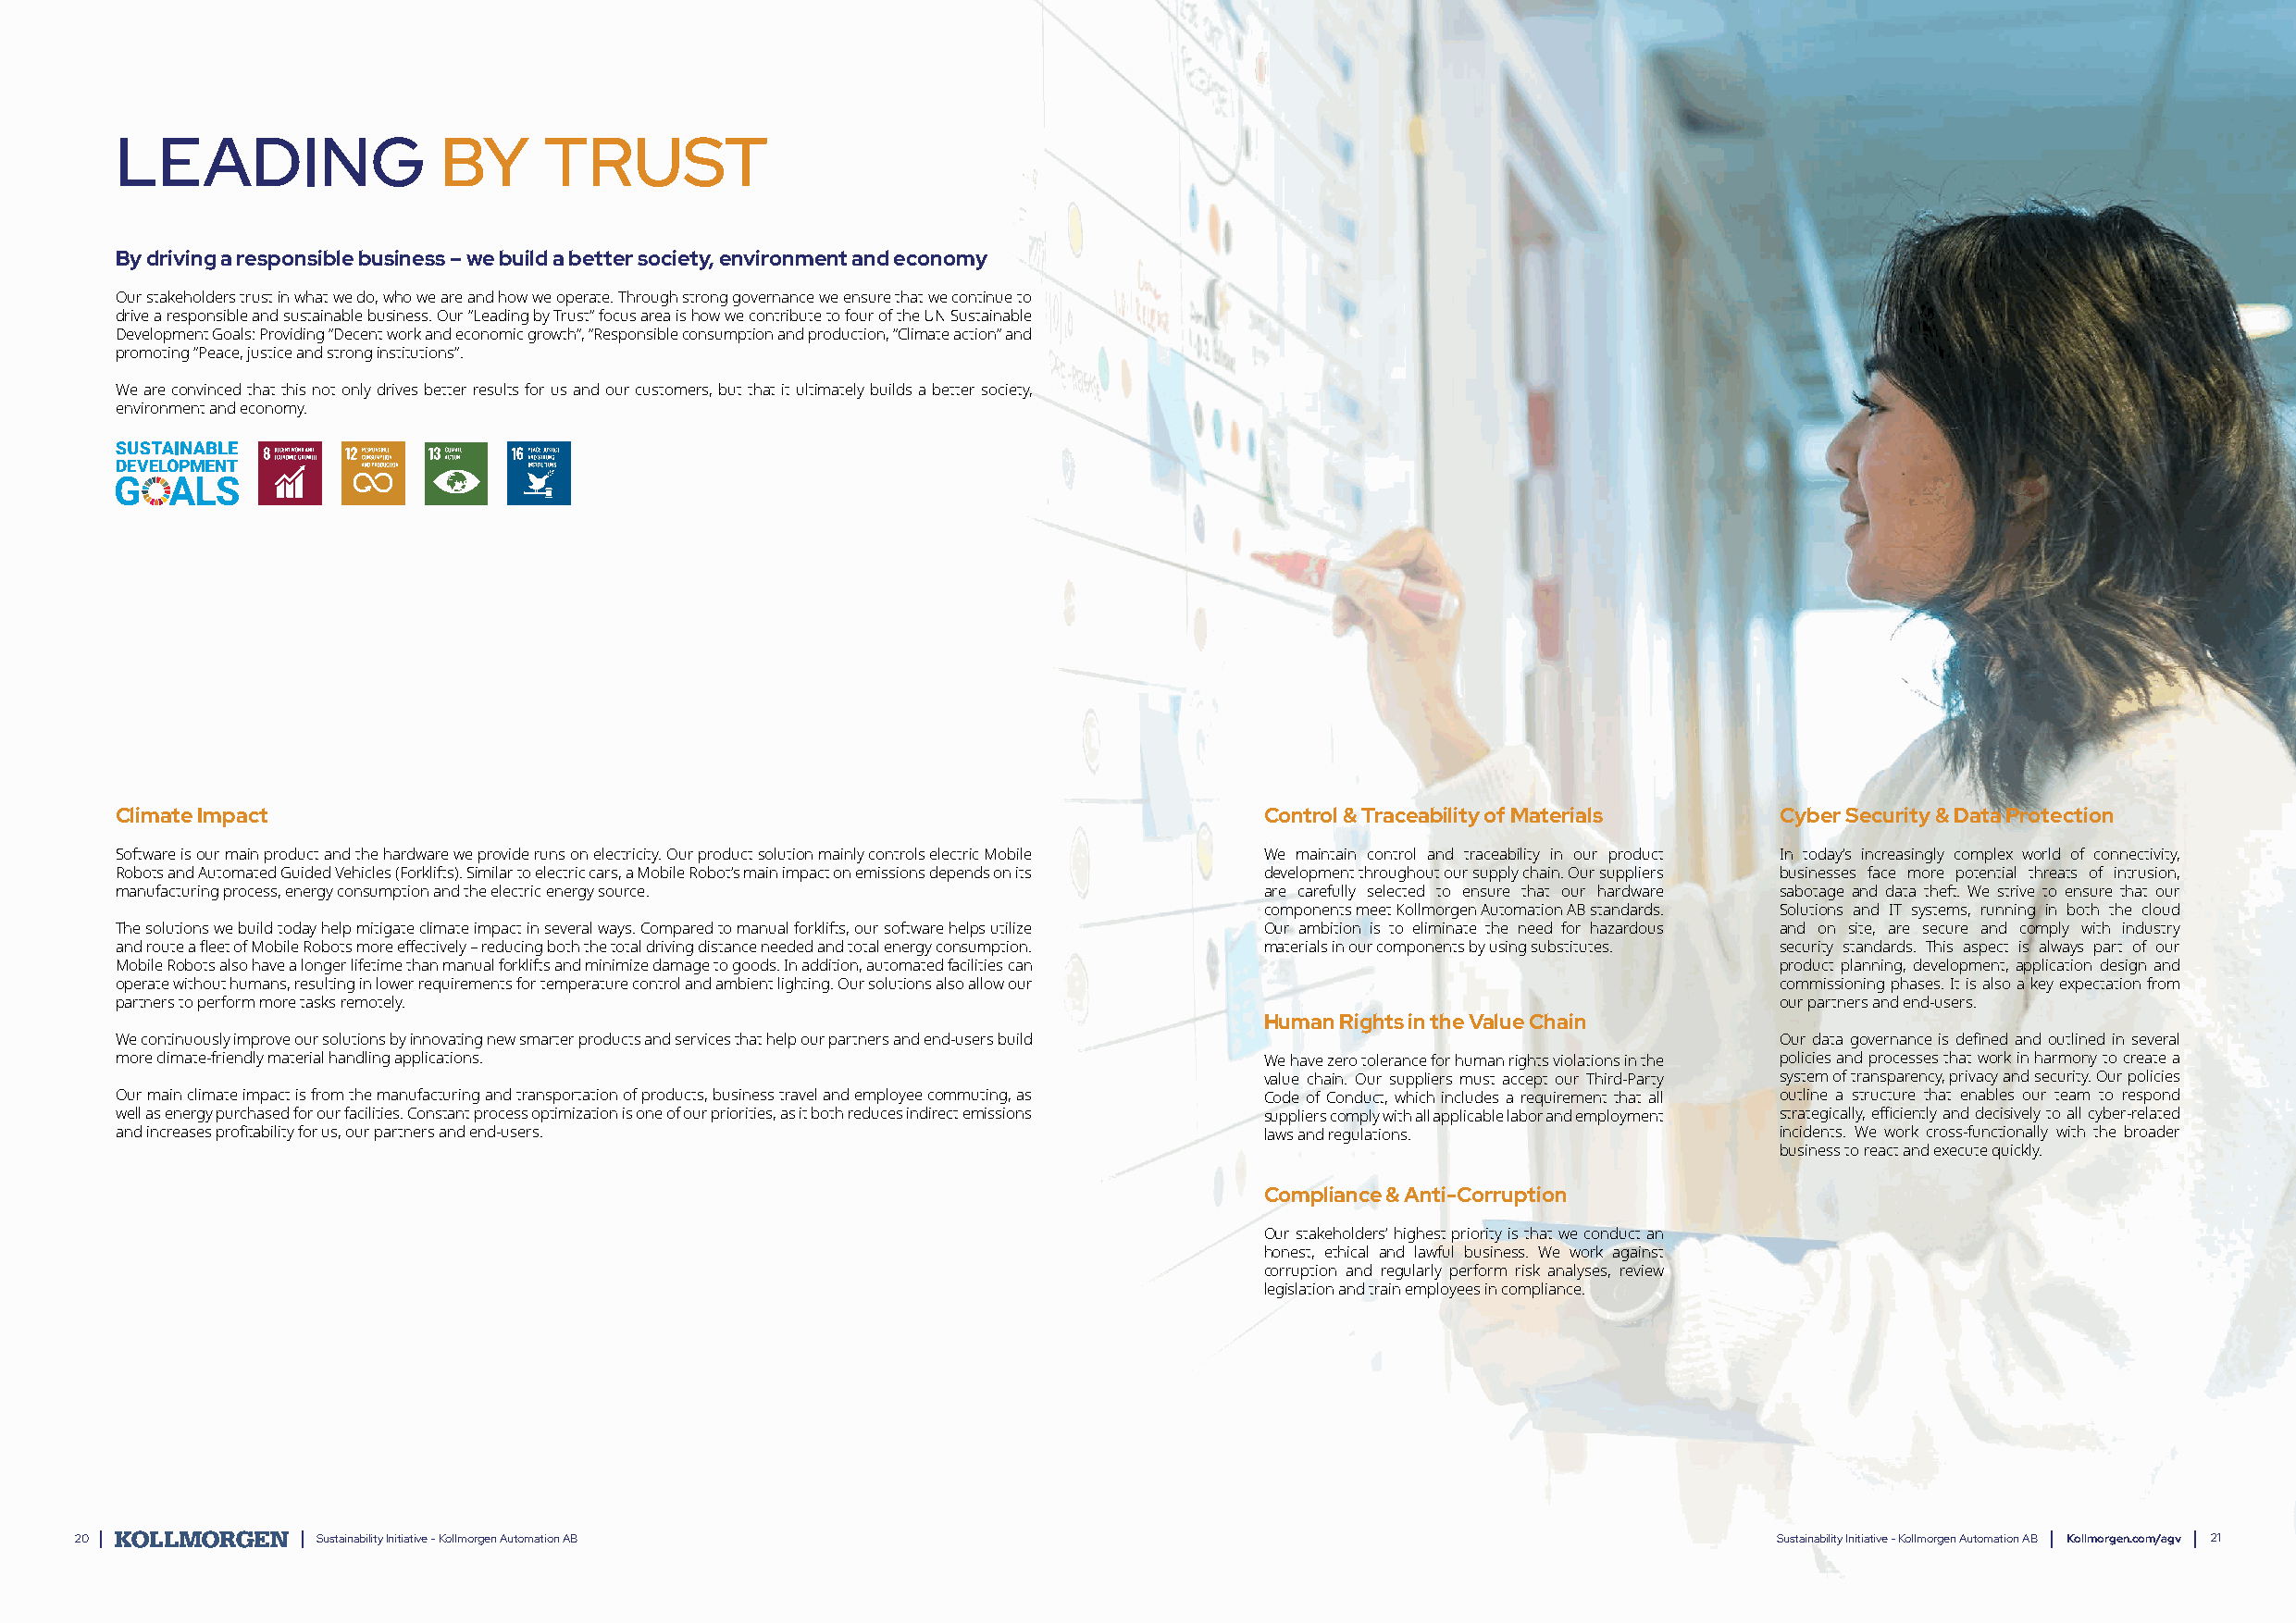
LEADING                BY      TRUST
 By driving a responsible business – we build a better society, environment and economy
 Our stakeholders trust in what we do, who we are and how we operate. Through strong governance we ensure that we continue to
 drive a responsible and sustainable business. Our “Leading by Trust” focus area is how we contribute to four of the UN Sustainable
 Development Goals: Providing “Decent work and economic growth”, “Responsible consumption and production, “Climate action” and
 promoting “Peace, justice and strong institutions”.
 We are convinced that this not only drives better results for us and our customers, but that it ultimately builds a better society,
 environment and economy.
 Climate Impact                                                                    Control & Traceability of Materials  Cyber Security & Data Protection
 Software is our main product and the hardware we provide runs on electricity. Our product solution mainly controls electric Mobile We maintain control and traceability in our product In today’s increasingly complex world of connectivity,
 Robots and Automated Guided Vehicles (Forklifts). Similar to electric cars, a Mobile Robot’s main impact on emissions depends on its development throughout our supply chain. Our suppliers businesses face more potential threats of intrusion,
 manufacturing process, energy consumption and the electric energy source.         are carefully selected to ensure that our hardware sabotage and data theft. We strive to ensure that our
 components meet Kollmorgen Automation AB standards. Solutions and IT systems, running in both the cloud
 The solutions we build today help mitigate climate impact in several ways. Compared to manual forklifts, our software helps utilize Our ambition is to eliminate the need for hazardous and on site, are secure and comply with industry
 and route a fleet of Mobile Robots more effectively – reducing both the total driving distance needed and total energy consumption. materials in our components by using substitutes. security standards. This aspect is always part of our
 Mobile Robots also have a longer lifetime than manual forklifts and minimize damage to goods. In addition, automated facilities can product planning, development, application design and
 operate without humans, resulting in lower requirements for temperature control and ambient lighting. Our solutions also allow our commissioning phases. It is also a key expectation from
 partners to perform more tasks remotely.                                                                               our partners and end-users.
 Human Rights in the Value Chain
 We continuously improve our solutions by innovating new smarter products and services that help our partners and end-users build Our data governance is defined and outlined in several
 more climate-friendly material handling applications.                             We have zero tolerance for human rights violations in the policies and processes that work in harmony to create a
 value chain. Our suppliers must accept our Third-Party system of transparency, privacy and security. Our policies
 Our main climate impact is from the manufacturing and transportation of products, business travel and employee commuting, as Code of Conduct, which includes a requirement that all outline a structure that enables our team to respond
 well as energy purchased for our facilities. Constant process optimization is one of our priorities, as it both reduces indirect emissions suppliers comply with all applicable labor and employment strategically, efficiently and decisively to all cyber-related
 and increases profitability for us, our partners and end-users.                   laws and regulations.                incidents. We work cross-functionally with the broader
 business to react and execute quickly.
 Compliance & Anti-Corruption
 Our stakeholders’ highest priority is that we conduct an
 honest, ethical and lawful business. We work against
 corruption and regularly perform risk analyses, review
 legislation and train employees in compliance.
 20                Sustainability Initiative - Kollmorgen Automation AB                                                    Sustainability Initiative - Kollmorgen Automation AB Kollmorgen.com/agv 21